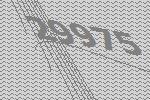
29975